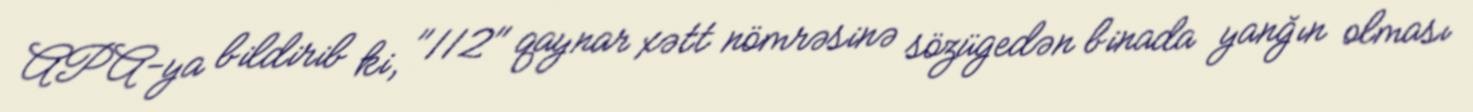
APA-ya bildirib ki, "112" qaynar xətt nömrəsinə sözügedən binada yanğın olması